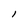
Character: I